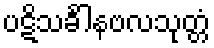
ပဋိသင်္ခါနဗလသုတ္တံ